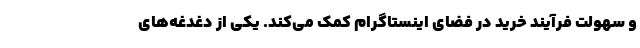
و سهولت فرآیند خرید در فضای اینستاگرام کمک می‌کند. یکی از دغدغه‌های